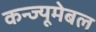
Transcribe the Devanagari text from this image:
कन्ज्यूमेबल